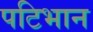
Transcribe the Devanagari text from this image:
पटिभान